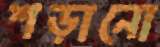
শড়ানো